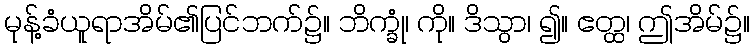
မုန့်ခံယူရာအိမ်၏ပြင်ဘက်၌။ ဘိက္ခုံ၊ ကို။ ဒိသွာ၊ ၍။ ဧတ္ထ၊ ဤအိမ်၌။